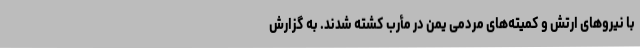
با نیروهای ارتش و کمیته‌های مردمی یمن در مأرب کشته شدند. به گزارش